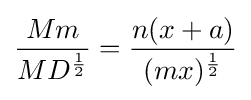
{\frac {Mm}{MD^{\frac {1}{2}}}}={\frac {n(x+a)}{(mx)^{\frac {1}{2}}}}